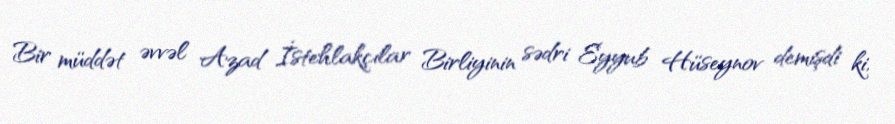
Bir müddət əvvəl Azad İstehlakçılar Birliyinin sədri Eyyub Hüseynov demişdi ki,